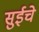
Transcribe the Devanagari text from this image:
सुईचे